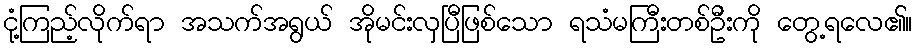
ငုံ့ကြည့်လိုက်ရာ အသက်အရွယ် အိုမင်းလှပြီဖြစ်သော ရသံမကြီးတစ်ဦးကို တွေ့ရလေ၏။